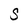
Character: s